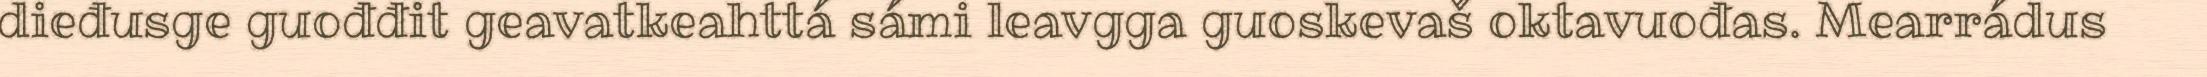
dieđusge guođđit geavatkeahttá sámi leavgga guoskevaš oktavuođas. Mearrádus